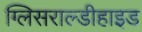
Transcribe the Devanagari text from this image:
ग्लिसराल्डीहाइड